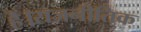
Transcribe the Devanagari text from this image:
हैं।राजनीतिक